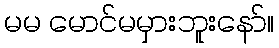
မမ မောင်မမှားဘူးနော်။